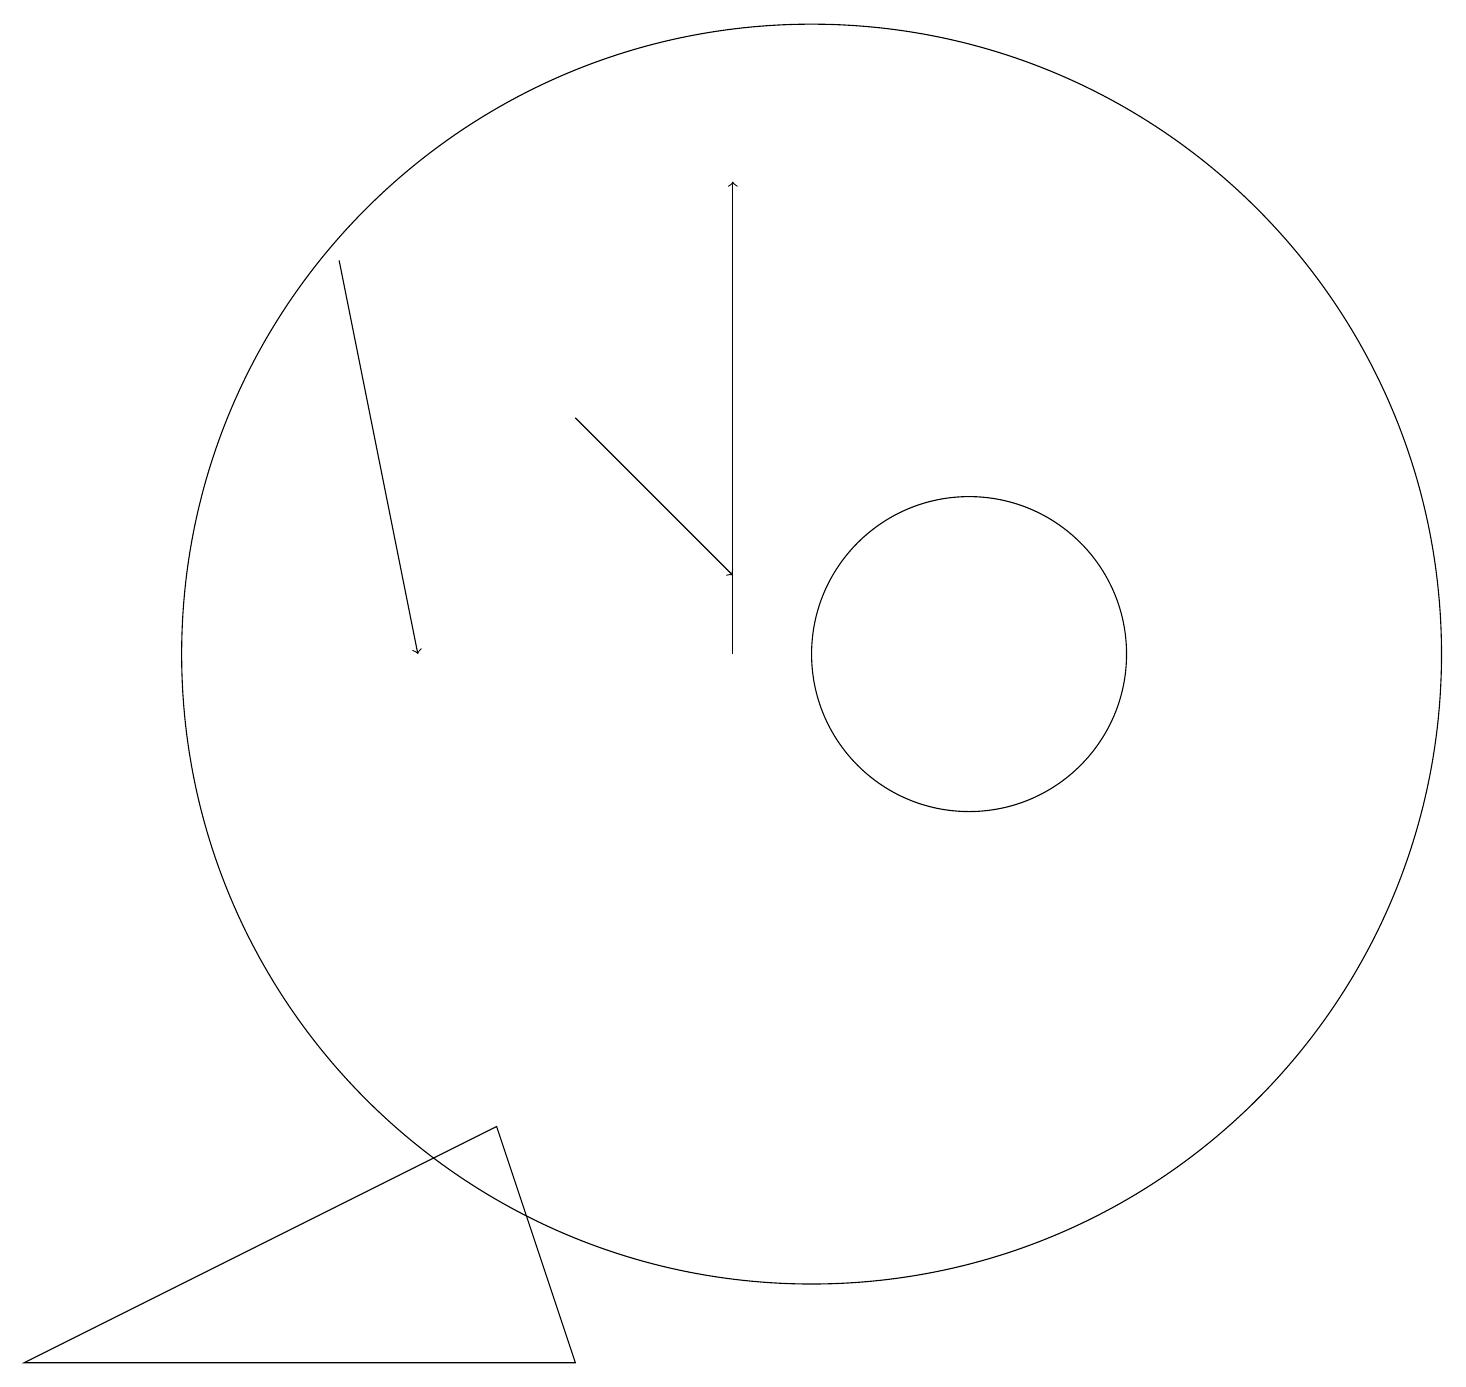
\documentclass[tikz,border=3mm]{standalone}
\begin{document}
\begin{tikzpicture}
\draw (10,11) circle (8);
\draw[->] (9,11) -- (9,17);
\draw (12,11) circle (2);
\draw[->] (7,14) -- (9,12);
\draw[->] (4,16) -- (5,11);
\draw (7,2) -- (0,2) -- (6,5) -- cycle;
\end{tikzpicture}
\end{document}